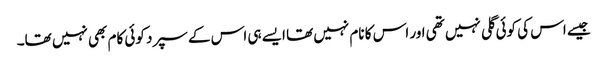
جیسے اس کی کوئی گلی نہیں تھی اور اس کا نام نہیں تھا ایسے ہی اس کے سپرد کوئی کام بھی نہیں تھا۔